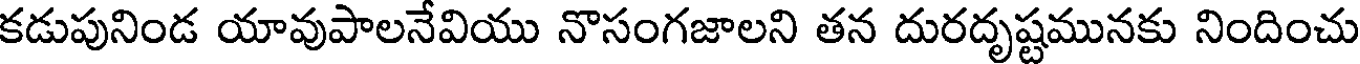
కడుపునిండ యావుపాలనేవియు నొసంగజాలని తన దురదృష్టమునకు నిందించు